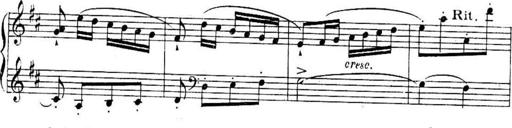
Title: Sonatines
Composer: Hedwige ChrÃ©tien